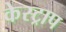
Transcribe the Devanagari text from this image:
केस्ट्राप